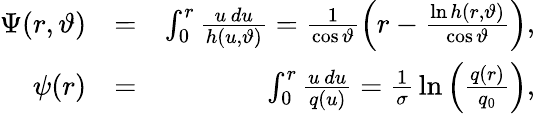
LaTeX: \begin{array}{rlr}{\Psi(r,\vartheta)}&{=}&{\int_{0}^{r}\frac{u\, du}{h(u,\vartheta)}=\frac{1}{\cos{\vartheta}}\left(r-\frac{\ln h(r,\vartheta)}{\cos\vartheta}\right),}\\ {\psi(r)}&{=}&{\int_{0}^{r}\frac{u\, du}{q(u)}=\frac{1}{\sigma}\, \ln\left(\frac{q(r)}{q_{0}}\right),}\end{array}